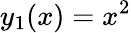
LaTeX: y_{1}(x)=x^{2}